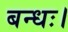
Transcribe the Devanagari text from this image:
बन्धः।